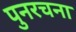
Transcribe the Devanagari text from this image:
पुनरचना